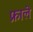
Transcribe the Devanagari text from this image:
फ्राले